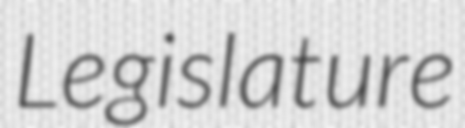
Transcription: Legislature